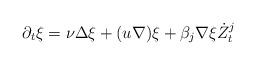
LaTeX: \begin{align*} \partial_t \xi = \nu \Delta \xi + (u \nabla )\xi + \beta_j \nabla \xi \dot{Z}_t^j \end{align*}